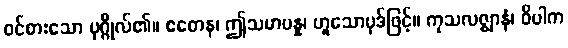
ဝင်စားသော ပုဂ္ဂိုလ်၏။ ဧတေန၊ ဤသမာပန္န၊ ဟူသောပုဒ်ဖြင့်။ ကုသလဇ္ဈာနံ၊ ဝိပါက